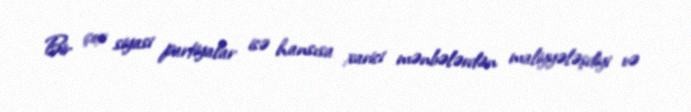
Bir çox siyasi partiyalar isə hansısa xarici mənbələrdən maliyyələşdiyi və